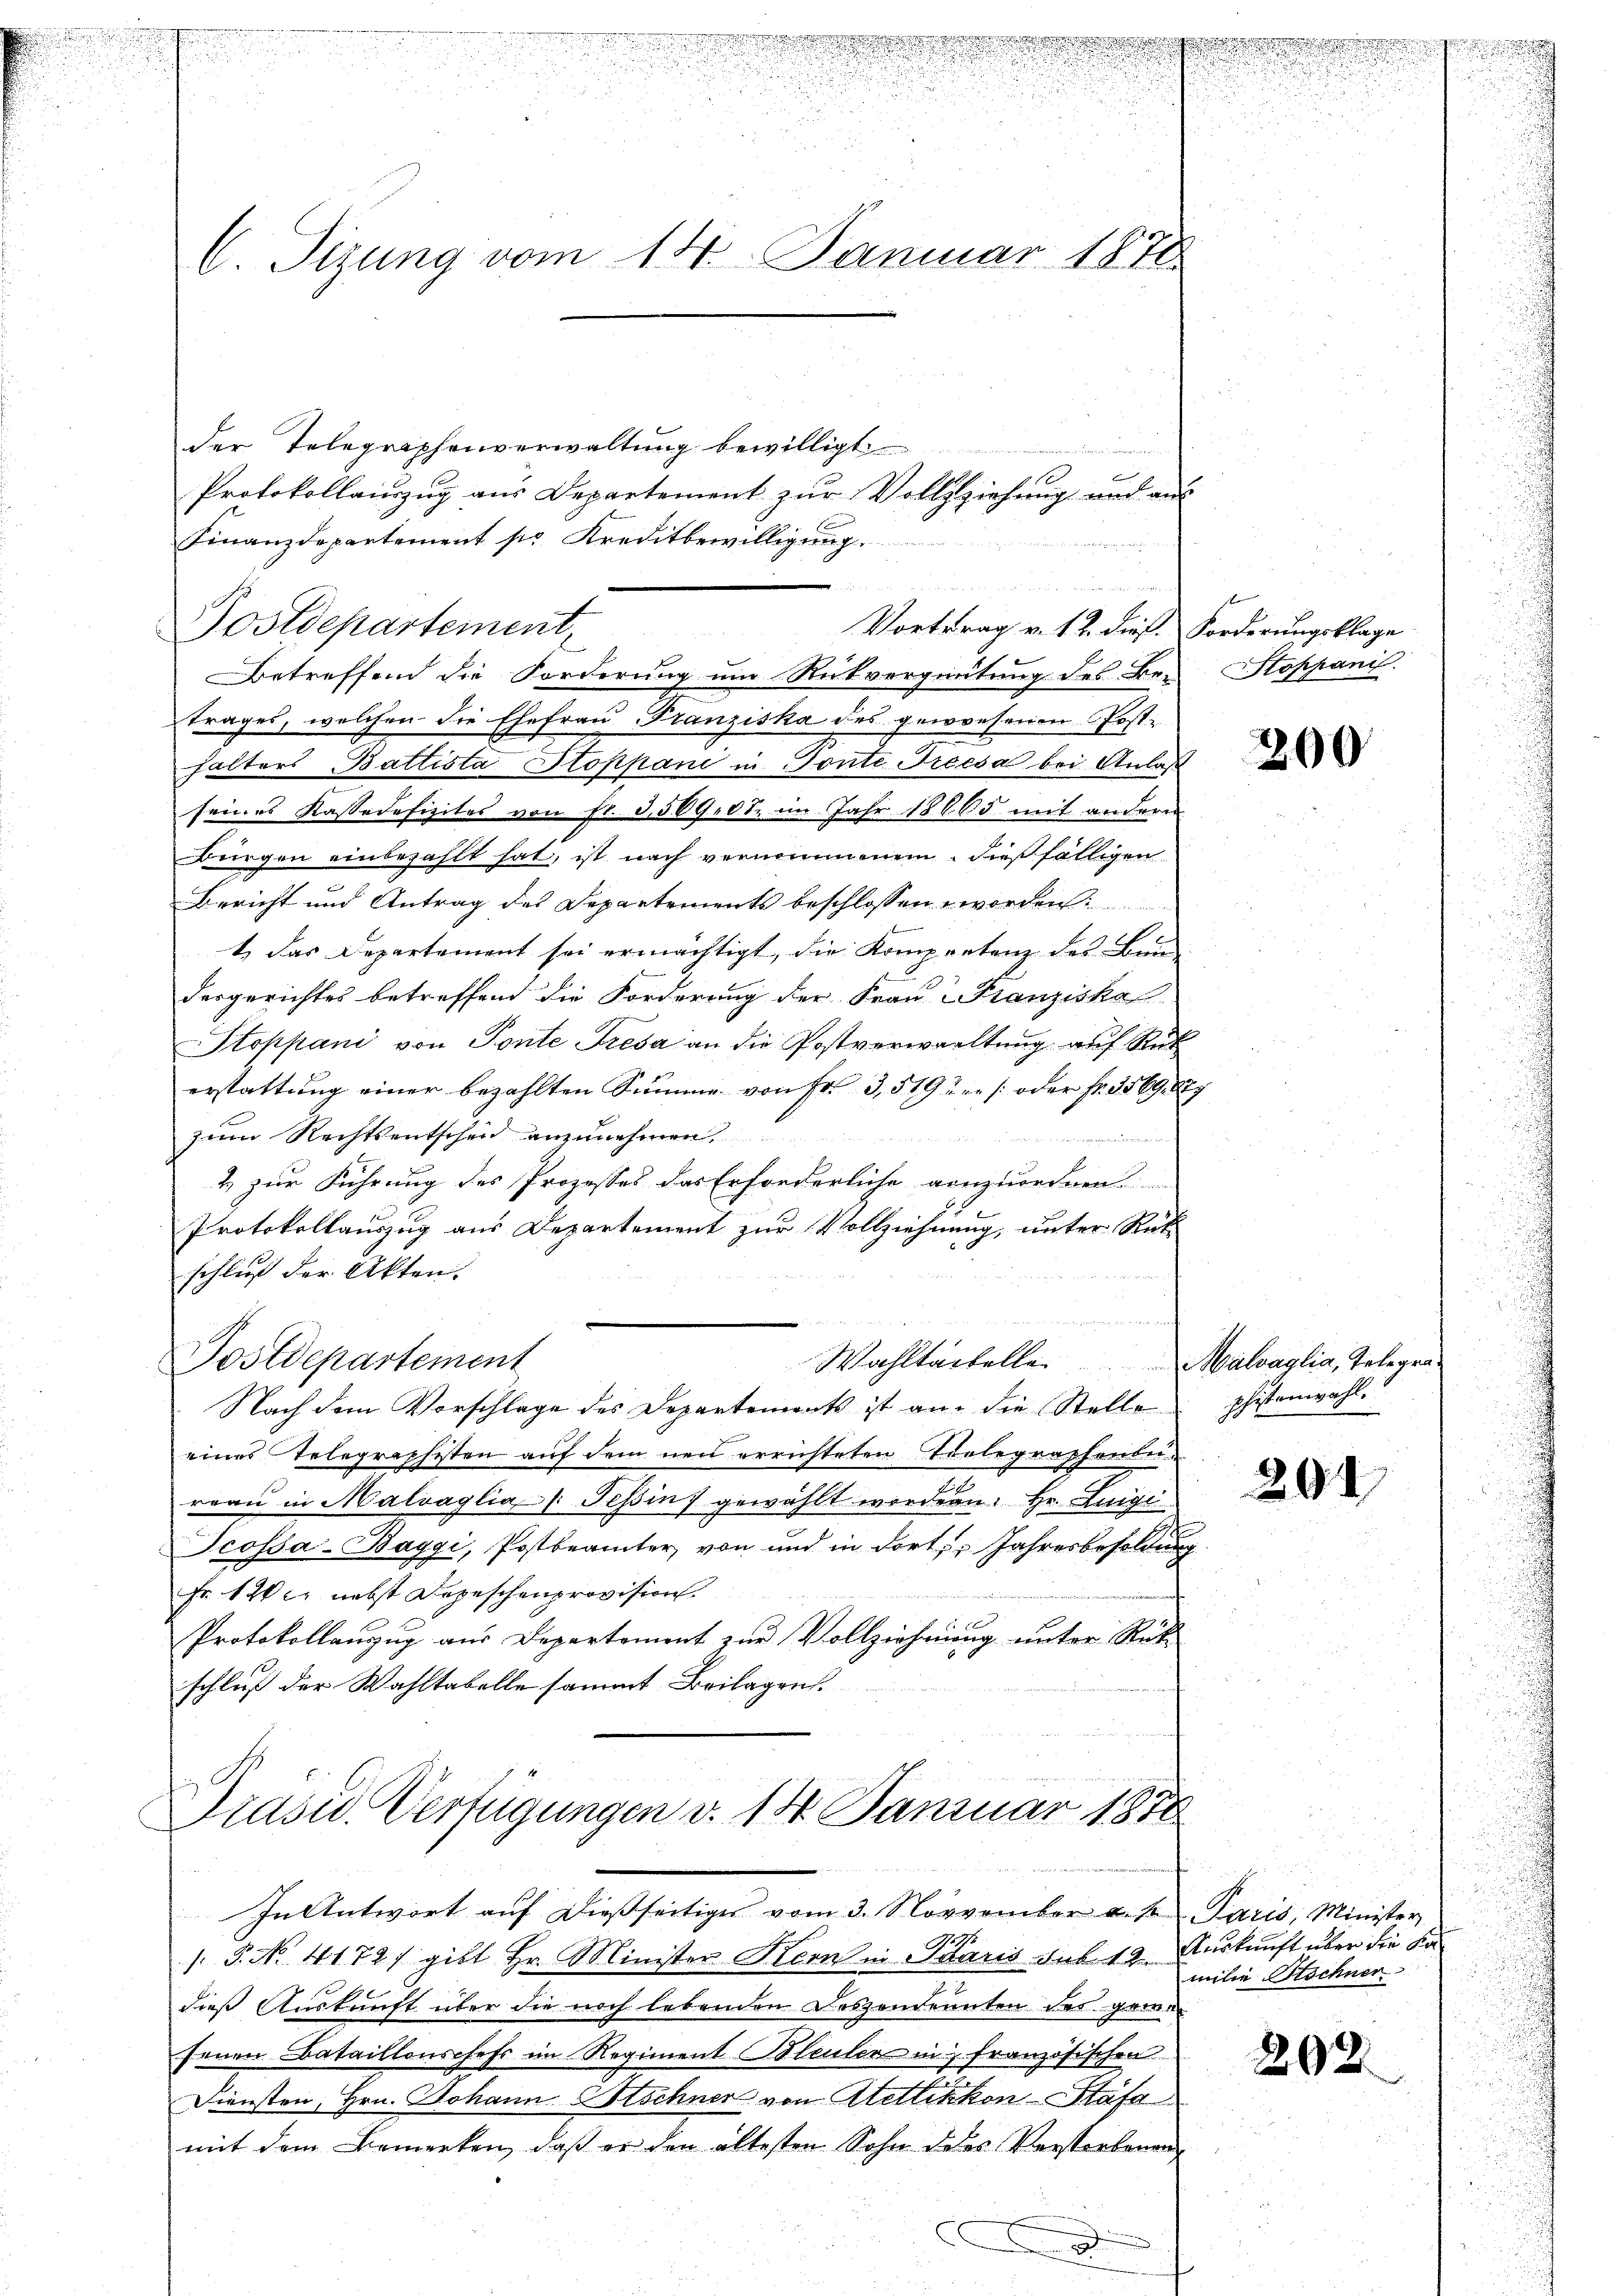
Betreffend die Forderung um Rückvergütung des Be- Stoppanis
trages, welchen die Ehefrau Franziska des gewesenen Post-
halters Battista Stoppani in Sonte Freesa bei Anlaß
seines Kassadefizites von Fr. 3,569,0t im Jahr 18665 mit andern
Bürgen einbezahlt hat, ist nach vernommenen, dießfälligen
Bericht und Antrag des Departements beschlossen worden:
1) das Departement sei ermächtigt, die Kompentenz des Bun-
dergerichtes betreffend die Forderung der Frau Franziska
Stoppani von Ponte Fresa an die Postverwaltung auf Rück
erstattung einer bezahlten Summe von Fr. 3,519ten [oder Fr. 3569. 827
zum Rechtsentscheid anzunehmen,

2 zur Führung des Prozesses das Erforderliche anzuerren
d
Protokollauszug aus Departement zur Vollziehnung, unter Rat
schluß der Akten.
Postdepartement
Wahltartelle
Nach dem Vorschlage des Departements ist an die Stelle pistenwahl.
eines Telegraphisten auf dem neu errichteten Telegraphenbereau in Malvaglia (Tessin gewählt worden. Hr. Luigi
Scossa-Baggi, Postbeamter, von und in dort Jahresbesoldung
Fr. 120 nebst Depeschenprovision.
Protokollanzug aus Departement zur Vollziehnung unter Rück-
schluß der Wahltabelle sammt Beilagen.
Präsid. Verfügungen v. 18. Januar 1858

.

.
n
u

i

e
C. Sirung vom 14. Januar 1870

der Telegraphenverwaltung bewilligt
der eine an Hrn. 2. Febr. 18
B
Protokollauszug aus Departement zur Vollziehung und aus
Finanzdepartement so Kreditbewilligung
e
u
Postdepartement,
Vortrag v. 12. dies. Forderungsklage

In Antwort aŭf dießseitiges vom 3. Novvember a. M. Paris, Minister
1476
/. P. No. 4172) gibt Hr. Minister Kern in Idaris sub 19. Auskunft über die Ka¬

dieß Auskunft über die noch lebenden Deszendenten des grund-
fenen Bataillonschefs im Regiment Bleuler in französischen
Diensten, Hrn. Johann Stschner von Atellikkon-Stäfa
mit dem Bemerken, daß er den ältesten Sohn des Verstorbene
mmen

200

Malvaglia, Telegra¬

29

.
milie Höchner

202.